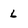
Character: 6